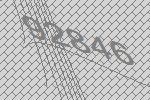
92846